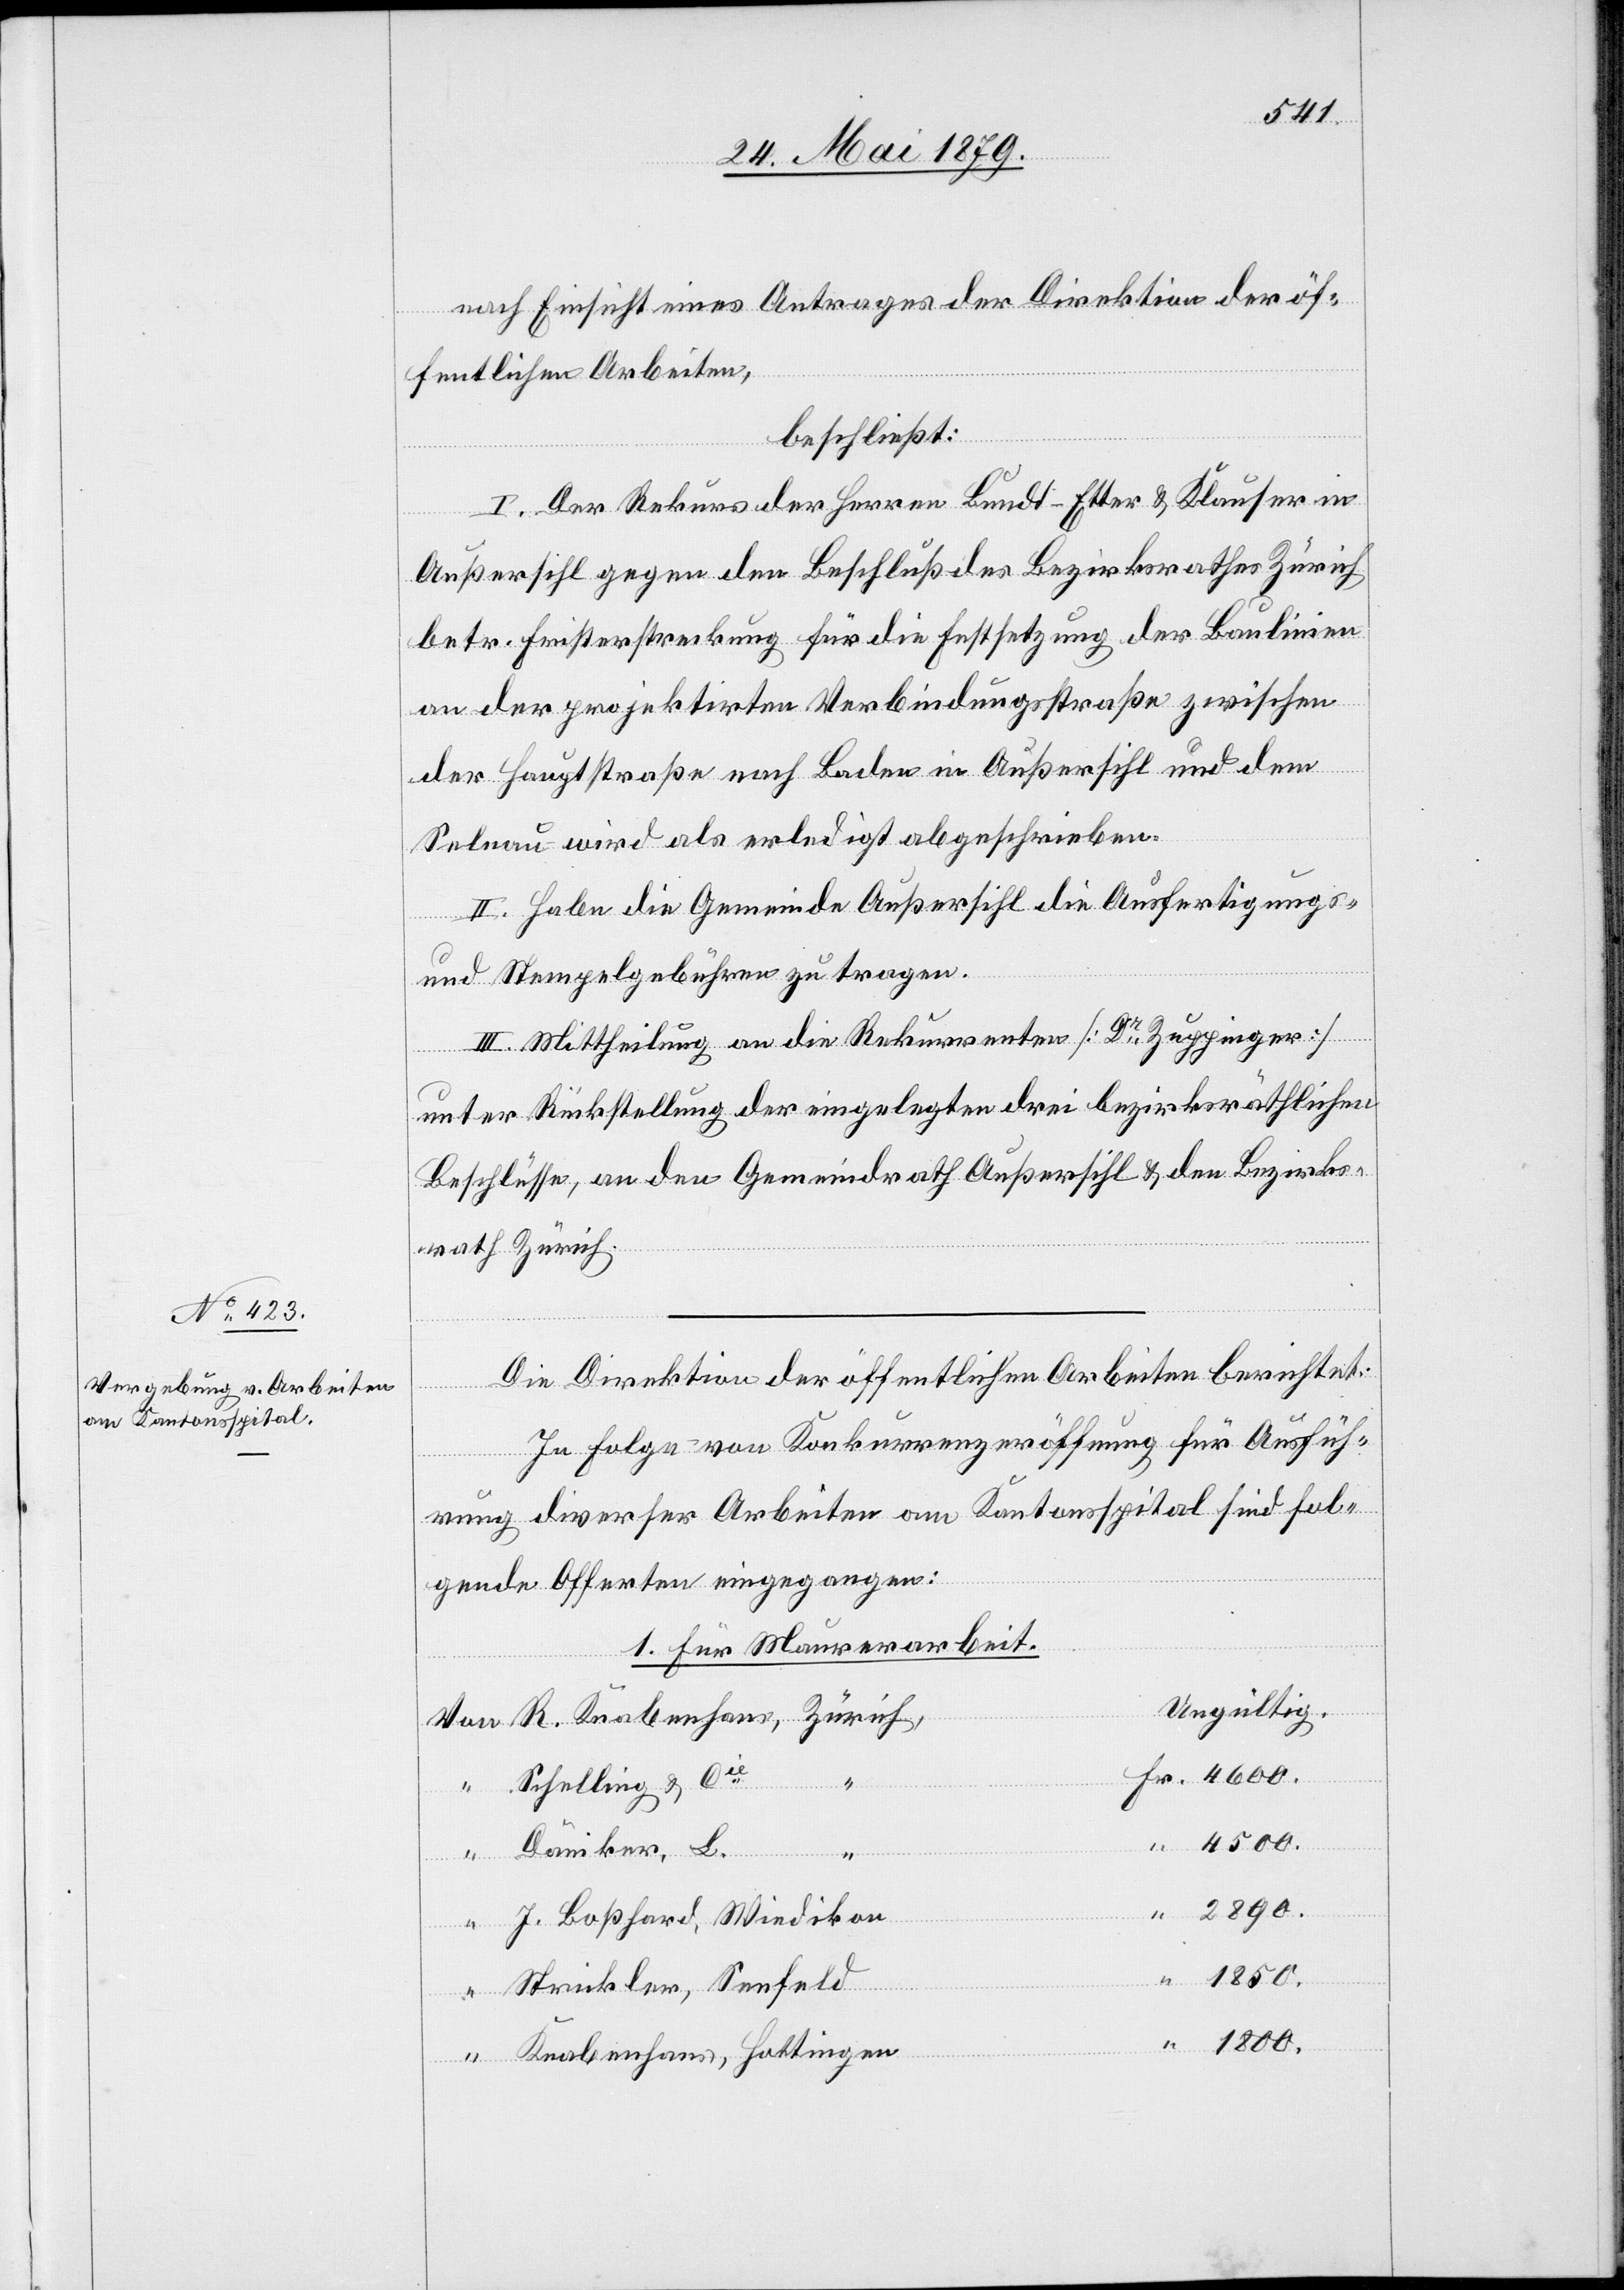
nach Einsicht eines Antrages der Direktion der öf¬
Fr.
fentlichen Arbeiten,
beschließt:
I. Der Rekurs der Herren Bundt-Etter & Klauser in
Außersihl gegen den Beschluß des Bezirksrathes Zürich
betr. Fristerstreckung für die Festsetzung der Baulinien
an der projektirten Verbindungsstraße zwischen
Von
der Hauptstraße nach Baden in Außersihl und dem
Selnau wird als erledigt abgeschrieben.
II. Habe die Gemeinde Außersihl die Ausfertigungs-
und Stempelgebühren zu tragen.
III. Mittheilung an die Rekurrenten [Dr Zuppinger]
unter Rückstellung der eingelegten drei bezirksräthlichen
Beschlüsse, an den Gemeindrath Außersihl & den Bezirks¬
rath Zürich.
Die Direktion der öffentlichen Arbeiten berichtet:
In Folge von Konkurrenzeröffnung für Ausfüh¬
rung diverser Arbeiten am Kantonsspital sind fol¬
gende Offerten eingegangen:
1. Für Maurerarbeit.
Ungültig.
R. Knabenhans, Zürich,
Schelling & Cie
Däniker, L.
2890.
1800.
J. Boßhard, Wiedikon
4600.
1850.
Strickler, Seefeld
Knabenhans, Hottingen